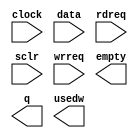
// megafunction wizard: %FIFO%VBB%
// GENERATION: STANDARD
// VERSION: WM1.0
// MODULE: scfifo 

// ============================================================
// Megafunction Name(s):
// 			scfifo
//
// Simulation Library Files(s):
// 			
// ============================================================
// ************************************************************
// THIS IS A WIZARD-GENERATED FILE. DO NOT EDIT THIS FILE!
//
// 16.1.0 Build 196 10/24/2016 SJ Lite Edition
// ************************************************************

//Copyright (C) 2016  Intel Corporation. All rights reserved.
//Your use of Intel Corporation's design tools, logic functions 
//and other software and tools, and its AMPP partner logic 
//functions, and any output files from any of the foregoing 
//(including device programming or simulation files), and any 
//associated documentation or information are expressly subject 
//to the terms and conditions of the Intel Program License 
//Subscription Agreement, the Intel Quartus Prime License Agreement,
//the Intel MegaCore Function License Agreement, or other 
//applicable license agreement, including, without limitation, 
//that your use is for the sole purpose of programming logic 
//devices manufactured by Intel and sold by Intel or its 
//authorized distributors.  Please refer to the applicable 
//agreement for further details.

module MSG_FIFO (
	clock,
	data,
	rdreq,
	sclr,
	wrreq,
	empty,
	q,
	usedw);

	input	  clock;
	input	[31:0]  data;
	input	  rdreq;
	input	  sclr;
	input	  wrreq;
	output	  empty;
	output	[31:0]  q;
	output	[7:0]  usedw;

endmodule

// ============================================================
// CNX file retrieval info
// ============================================================
// Retrieval info: PRIVATE: AlmostEmpty NUMERIC "0"
// Retrieval info: PRIVATE: AlmostEmptyThr NUMERIC "-1"
// Retrieval info: PRIVATE: AlmostFull NUMERIC "0"
// Retrieval info: PRIVATE: AlmostFullThr NUMERIC "-1"
// Retrieval info: PRIVATE: CLOCKS_ARE_SYNCHRONIZED NUMERIC "1"
// Retrieval info: PRIVATE: Clock NUMERIC "0"
// Retrieval info: PRIVATE: Depth NUMERIC "256"
// Retrieval info: PRIVATE: Empty NUMERIC "1"
// Retrieval info: PRIVATE: Full NUMERIC "0"
// Retrieval info: PRIVATE: INTENDED_DEVICE_FAMILY STRING "MAX 10"
// Retrieval info: PRIVATE: LE_BasedFIFO NUMERIC "0"
// Retrieval info: PRIVATE: LegacyRREQ NUMERIC "0"
// Retrieval info: PRIVATE: MAX_DEPTH_BY_9 NUMERIC "0"
// Retrieval info: PRIVATE: OVERFLOW_CHECKING NUMERIC "0"
// Retrieval info: PRIVATE: Optimize NUMERIC "0"
// Retrieval info: PRIVATE: RAM_BLOCK_TYPE NUMERIC "0"
// Retrieval info: PRIVATE: SYNTH_WRAPPER_GEN_POSTFIX STRING "0"
// Retrieval info: PRIVATE: UNDERFLOW_CHECKING NUMERIC "0"
// Retrieval info: PRIVATE: UsedW NUMERIC "1"
// Retrieval info: PRIVATE: Width NUMERIC "32"
// Retrieval info: PRIVATE: dc_aclr NUMERIC "0"
// Retrieval info: PRIVATE: diff_widths NUMERIC "0"
// Retrieval info: PRIVATE: msb_usedw NUMERIC "0"
// Retrieval info: PRIVATE: output_width NUMERIC "32"
// Retrieval info: PRIVATE: rsEmpty NUMERIC "1"
// Retrieval info: PRIVATE: rsFull NUMERIC "0"
// Retrieval info: PRIVATE: rsUsedW NUMERIC "0"
// Retrieval info: PRIVATE: sc_aclr NUMERIC "0"
// Retrieval info: PRIVATE: sc_sclr NUMERIC "1"
// Retrieval info: PRIVATE: wsEmpty NUMERIC "0"
// Retrieval info: PRIVATE: wsFull NUMERIC "1"
// Retrieval info: PRIVATE: wsUsedW NUMERIC "0"
// Retrieval info: LIBRARY: altera_mf altera_mf.altera_mf_components.all
// Retrieval info: CONSTANT: ADD_RAM_OUTPUT_REGISTER STRING "OFF"
// Retrieval info: CONSTANT: INTENDED_DEVICE_FAMILY STRING "MAX 10"
// Retrieval info: CONSTANT: LPM_NUMWORDS NUMERIC "256"
// Retrieval info: CONSTANT: LPM_SHOWAHEAD STRING "ON"
// Retrieval info: CONSTANT: LPM_TYPE STRING "scfifo"
// Retrieval info: CONSTANT: LPM_WIDTH NUMERIC "32"
// Retrieval info: CONSTANT: LPM_WIDTHU NUMERIC "8"
// Retrieval info: CONSTANT: OVERFLOW_CHECKING STRING "ON"
// Retrieval info: CONSTANT: UNDERFLOW_CHECKING STRING "ON"
// Retrieval info: CONSTANT: USE_EAB STRING "ON"
// Retrieval info: USED_PORT: clock 0 0 0 0 INPUT NODEFVAL "clock"
// Retrieval info: USED_PORT: data 0 0 32 0 INPUT NODEFVAL "data[31..0]"
// Retrieval info: USED_PORT: empty 0 0 0 0 OUTPUT NODEFVAL "empty"
// Retrieval info: USED_PORT: q 0 0 32 0 OUTPUT NODEFVAL "q[31..0]"
// Retrieval info: USED_PORT: rdreq 0 0 0 0 INPUT NODEFVAL "rdreq"
// Retrieval info: USED_PORT: sclr 0 0 0 0 INPUT NODEFVAL "sclr"
// Retrieval info: USED_PORT: usedw 0 0 8 0 OUTPUT NODEFVAL "usedw[7..0]"
// Retrieval info: USED_PORT: wrreq 0 0 0 0 INPUT NODEFVAL "wrreq"
// Retrieval info: CONNECT: @clock 0 0 0 0 clock 0 0 0 0
// Retrieval info: CONNECT: @data 0 0 32 0 data 0 0 32 0
// Retrieval info: CONNECT: @rdreq 0 0 0 0 rdreq 0 0 0 0
// Retrieval info: CONNECT: @sclr 0 0 0 0 sclr 0 0 0 0
// Retrieval info: CONNECT: @wrreq 0 0 0 0 wrreq 0 0 0 0
// Retrieval info: CONNECT: empty 0 0 0 0 @empty 0 0 0 0
// Retrieval info: CONNECT: q 0 0 32 0 @q 0 0 32 0
// Retrieval info: CONNECT: usedw 0 0 8 0 @usedw 0 0 8 0
// Retrieval info: GEN_FILE: TYPE_NORMAL MSG_FIFO.v TRUE
// Retrieval info: GEN_FILE: TYPE_NORMAL MSG_FIFO.inc FALSE
// Retrieval info: GEN_FILE: TYPE_NORMAL MSG_FIFO.cmp FALSE
// Retrieval info: GEN_FILE: TYPE_NORMAL MSG_FIFO.bsf FALSE
// Retrieval info: GEN_FILE: TYPE_NORMAL MSG_FIFO_inst.v TRUE
// Retrieval info: GEN_FILE: TYPE_NORMAL MSG_FIFO_bb.v TRUE